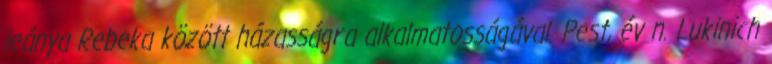
leánya Rebeka között házasságra alkalmatosságával. Pest, év n. Lukinich